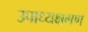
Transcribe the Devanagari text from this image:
उपाध्यक्षगण